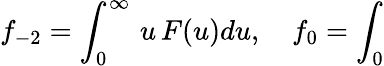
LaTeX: f_{-2}=\int_{0}^{\infty}\, u\, F(u)du,\quad f_{0}=\int_{0}